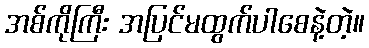
အစ်ကိုကြီး အပြင်မထွက်ပါစေနဲ့တဲ့။